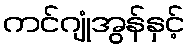
ကင်ဂျုံအွန်နှင့်